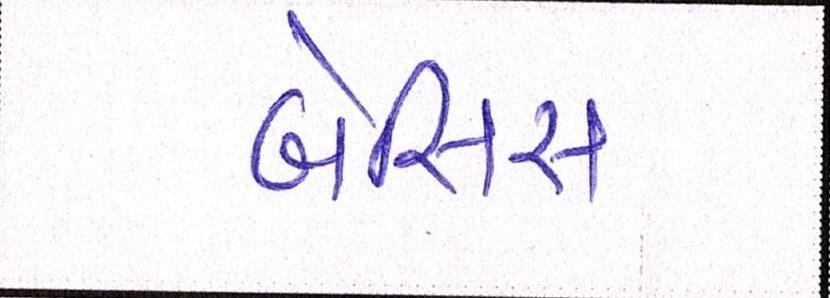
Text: બેસિસ